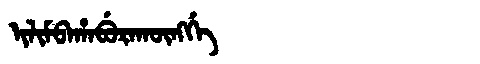
Manchu: ᡳᠯᡳᠮᠪᠠᡥᠠᠪᡠᡵᠠᡴᡡᠩᡤᡝ
Romanization: ILIMBAHABURAKŪNGGE